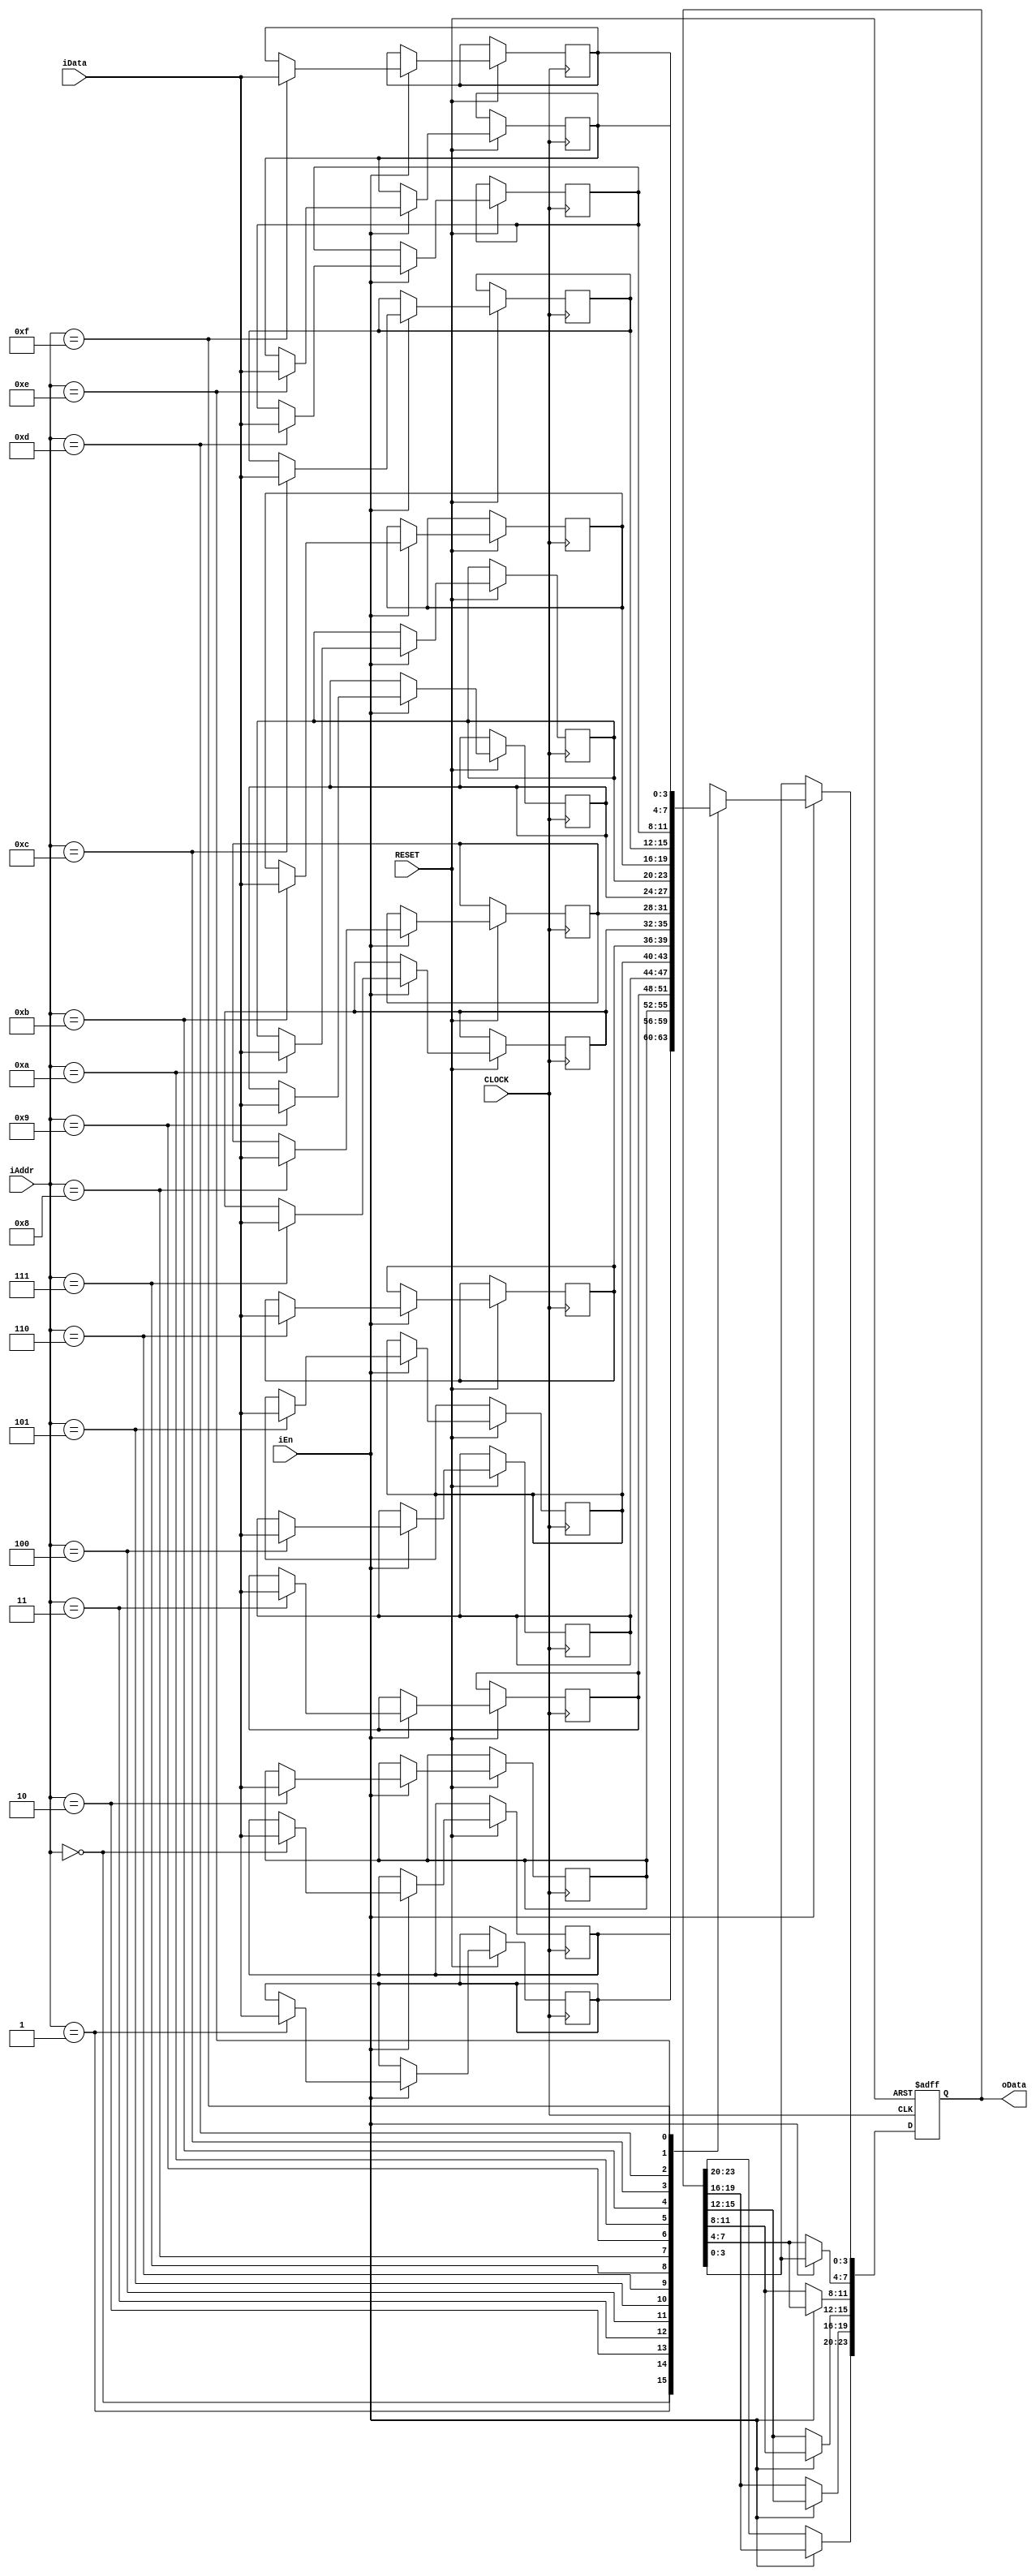
module pushshift_savemod
(
    input CLOCK,RESET,
	 input iEn,
	 input [3:0]iAddr,
	 input [3:0]iData,
	 output [23:0]oData
);
    reg [3:0] RAM [15:0];
	 reg [23:0] D1;

    always @ ( posedge CLOCK or negedge RESET )
	     if( !RESET )
		      begin
				    D1 <=  24'd0; 
				end
		  else if( iEn )
		      begin
				    RAM[ iAddr ] <= iData;
					 D1[3:0] <= RAM[ iAddr ];
					 D1[7:4] <= D1[3:0];
					 D1[11:8] <= D1[7:4];
					 D1[15:12] <= D1[11:8];
					 D1[19:16] <= D1[15:12];
					 D1[23:20] <= D1[19:16];
				end
				
	assign oData = D1;
	
endmodule